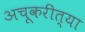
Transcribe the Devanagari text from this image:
अचूकरीत्या